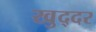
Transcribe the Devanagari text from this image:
खुद्दर